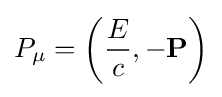
P_{\mu }=\left({\frac {E}{c}},-\mathbf {P} \right)